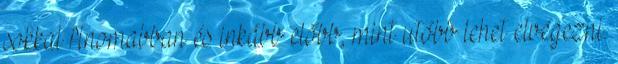
sokkal finomabban és inkább előbb, mint utóbb lehet elvégezni.